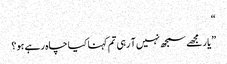
“
”یار مجھے سمجھ نہیں آ رہی تم کہنا کیا چاہ رہے ہو؟